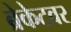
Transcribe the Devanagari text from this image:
ब्रेकेटवर